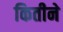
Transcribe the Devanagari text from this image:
कितीने